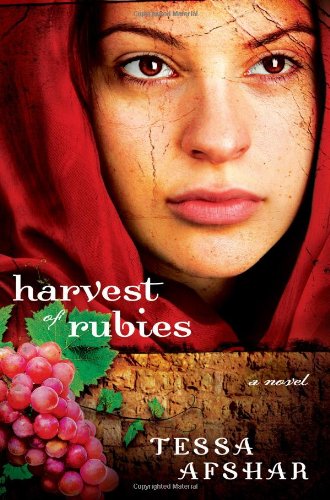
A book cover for Harvest of Rubies; Tessa Afshar; Religion & Spirituality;